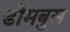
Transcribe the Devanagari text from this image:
डोमबुस